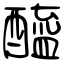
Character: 醯